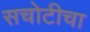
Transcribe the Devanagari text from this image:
सचोटीचा